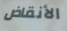
الأنقاض